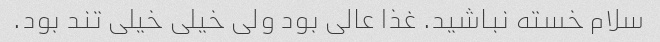
سلام خسته نباشید. غذا عالی بود ولی خیلی خیلی تند بود.